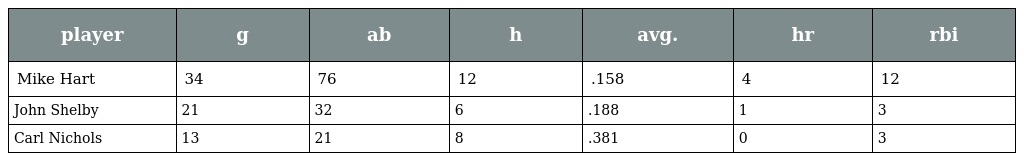
| player | g | ab | h | avg. | hr | rbi |
 | --- | --- | --- | --- | --- | --- | --- |
 | Mike Hart | 34 | 76 | 12 | .158 | 4 | 12 |
 | John Shelby | 21 | 32 | 6 | .188 | 1 | 3 |
 | Carl Nichols | 13 | 21 | 8 | .381 | 0 | 3 |